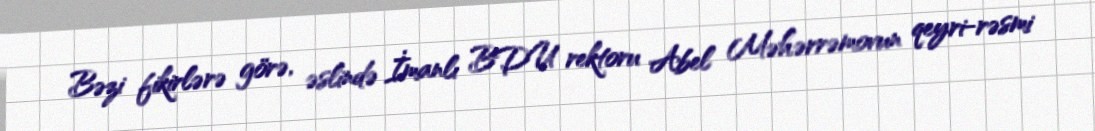
Bəzi fikirlərə görə, əslində İmanlı BDU rektoru Abel Məhərrəmovun qeyri-rəsmi